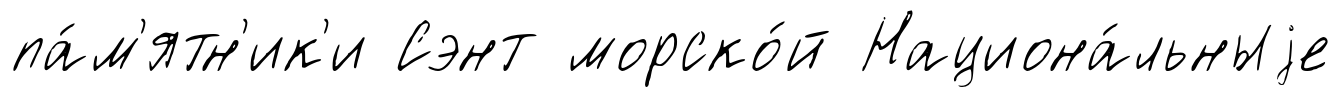
па́м'ятн'ик'и Сэнт морско́й Национа́льныjе